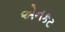
એનકટ